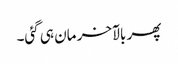
پھر بالآخر مان ہی گئی۔